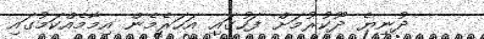
ދުނިޔެ ދޫކުރުމަށް ފަހުގައި އަހަރެމެން އިމާމެއްކަމުގައި